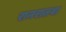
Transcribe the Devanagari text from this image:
रानरातवा